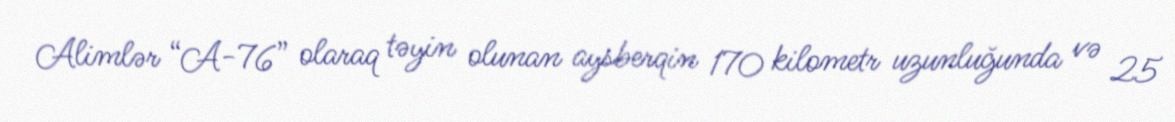
Alimlər “A-76” olaraq təyin olunan aysberqin 170 kilometr uzunluğunda və 25